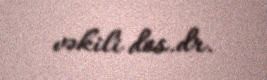
vəkili dos.dr.